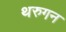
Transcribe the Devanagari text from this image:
थरुगन